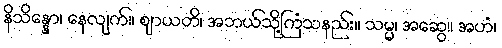
နိသိန္နော၊ နေလျက်။ ဈာယတိ၊ အဘယ်သို့ကြံသနည်း။ သမ္မ၊ အဆွေ။ အဟံ၊